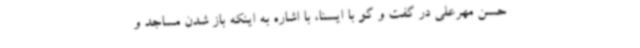
حسن مهرعلی در گفت و گو با ایسنا، با اشاره به اینکه باز شدن مساجد و